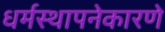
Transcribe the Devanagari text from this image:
धर्मस्थापनेकारणे